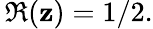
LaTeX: \, \Re(\mathbf{z})=1/2.